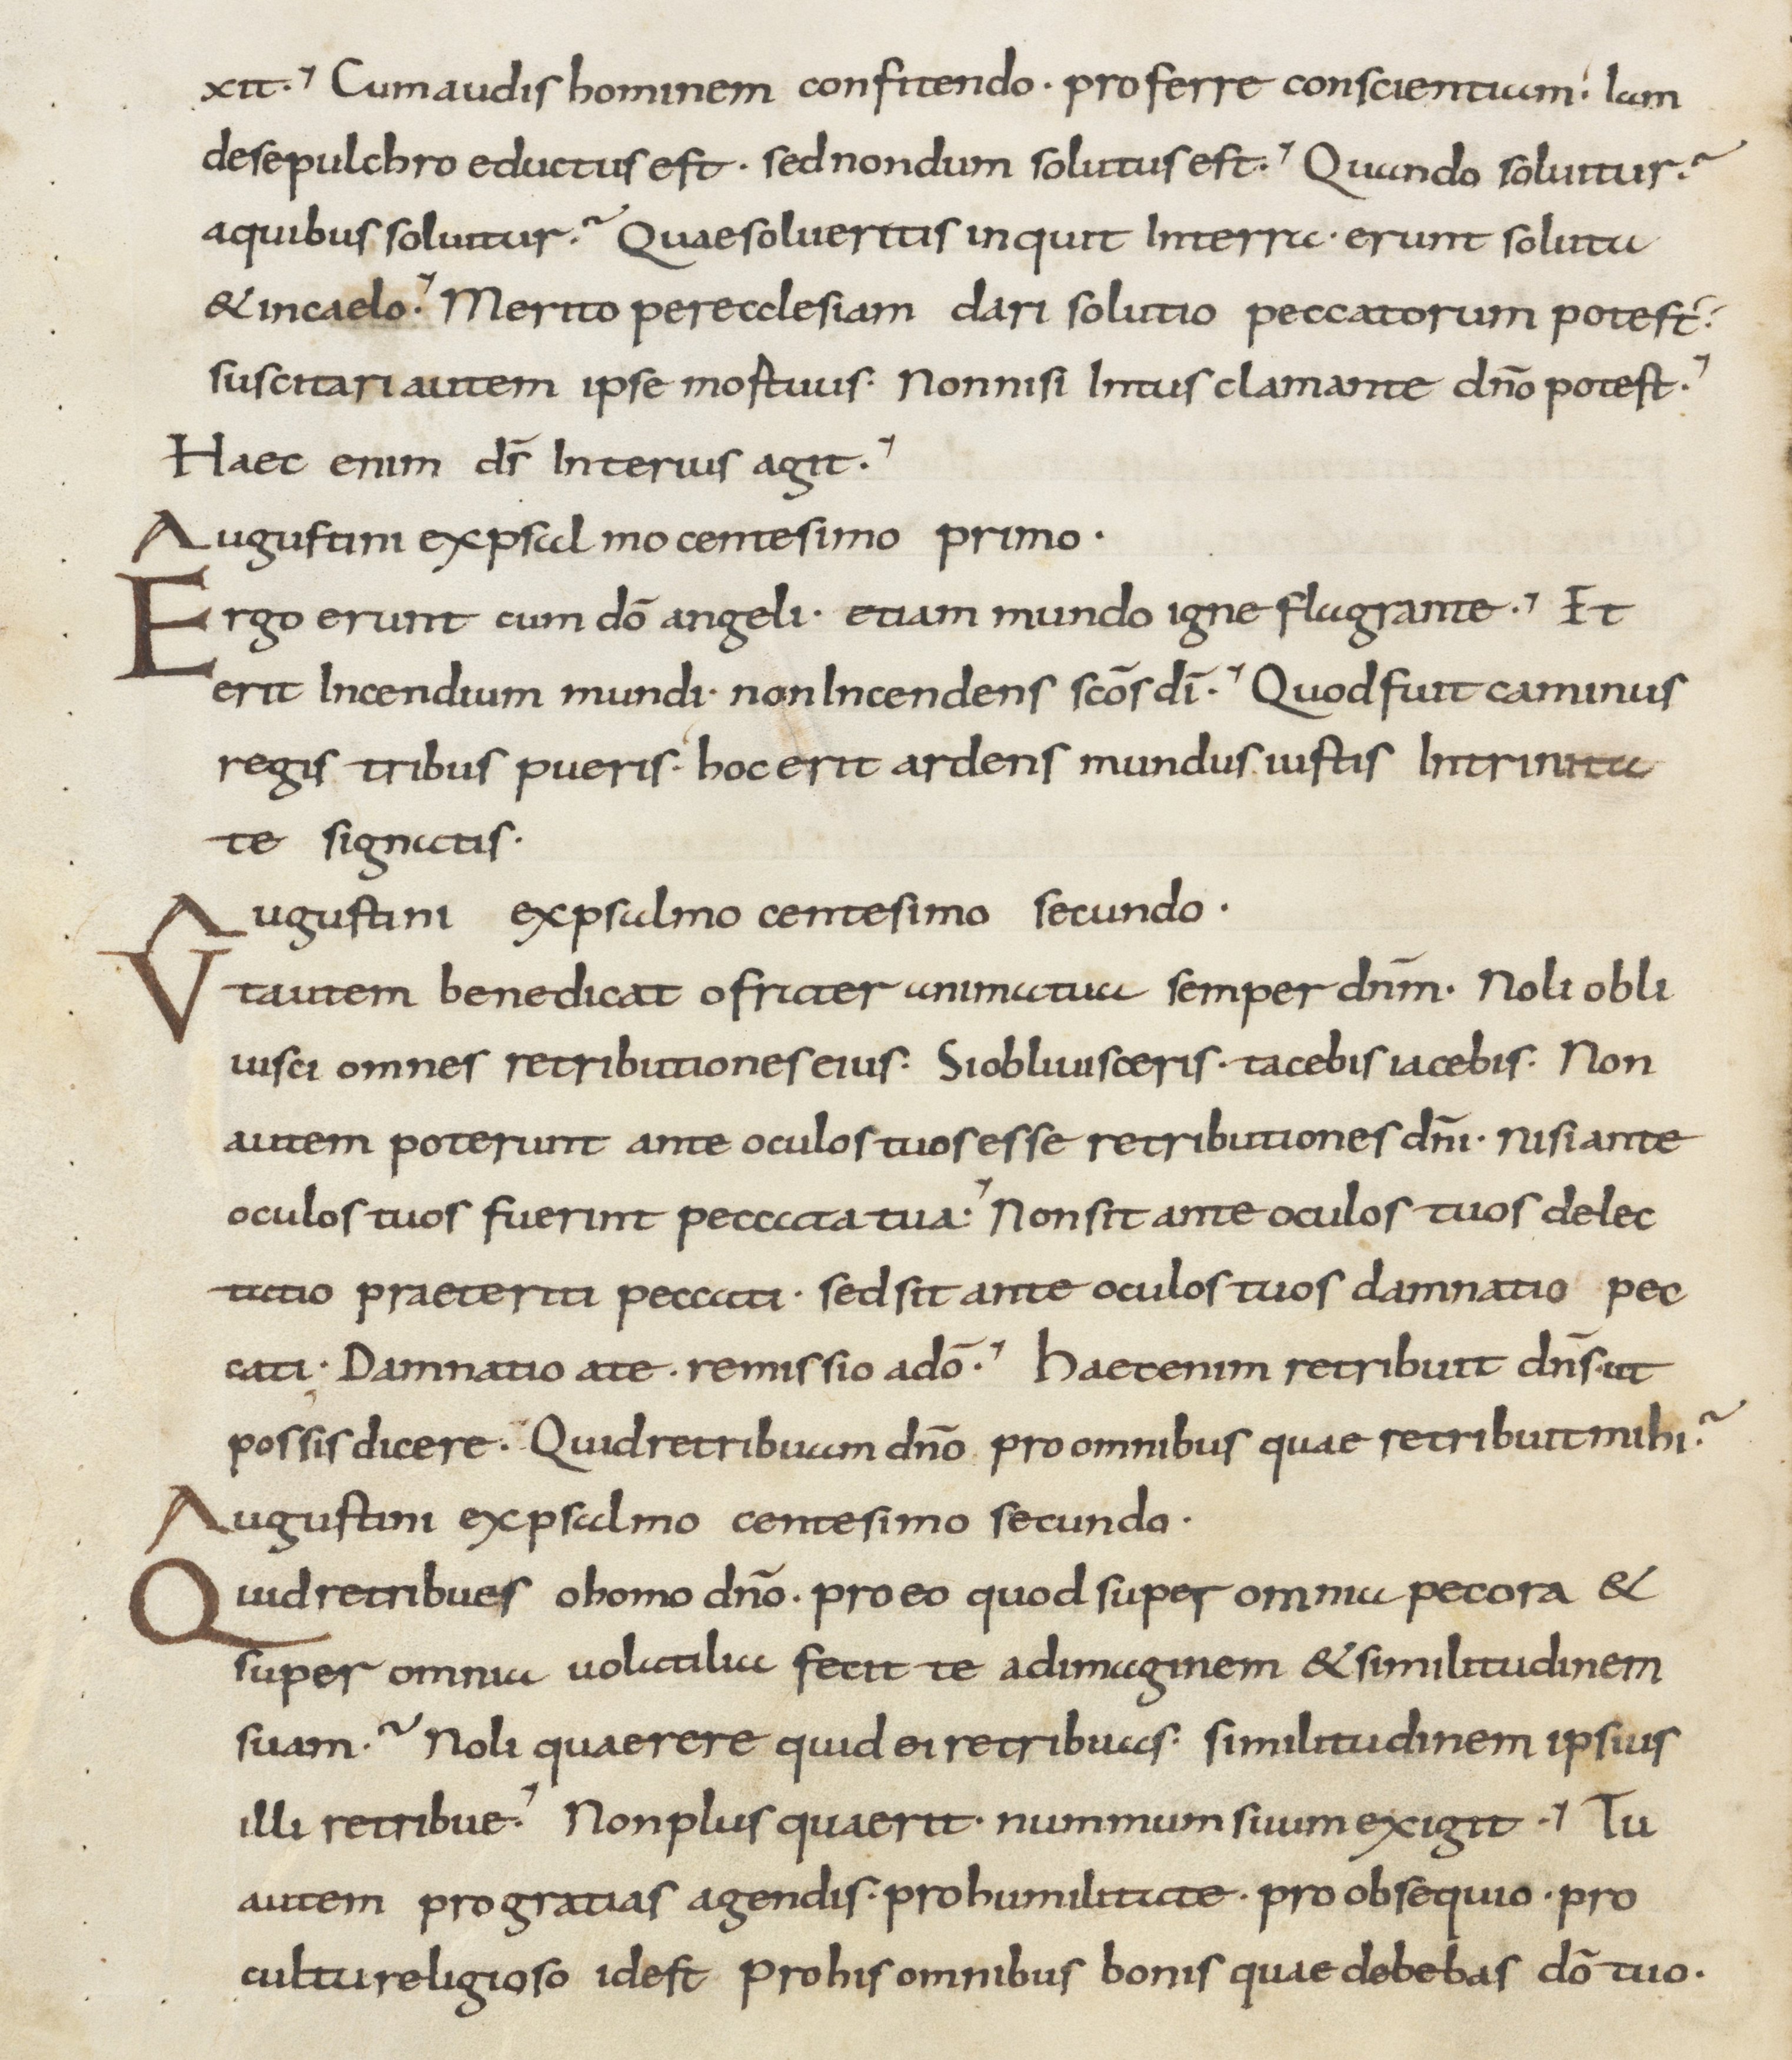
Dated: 800–899